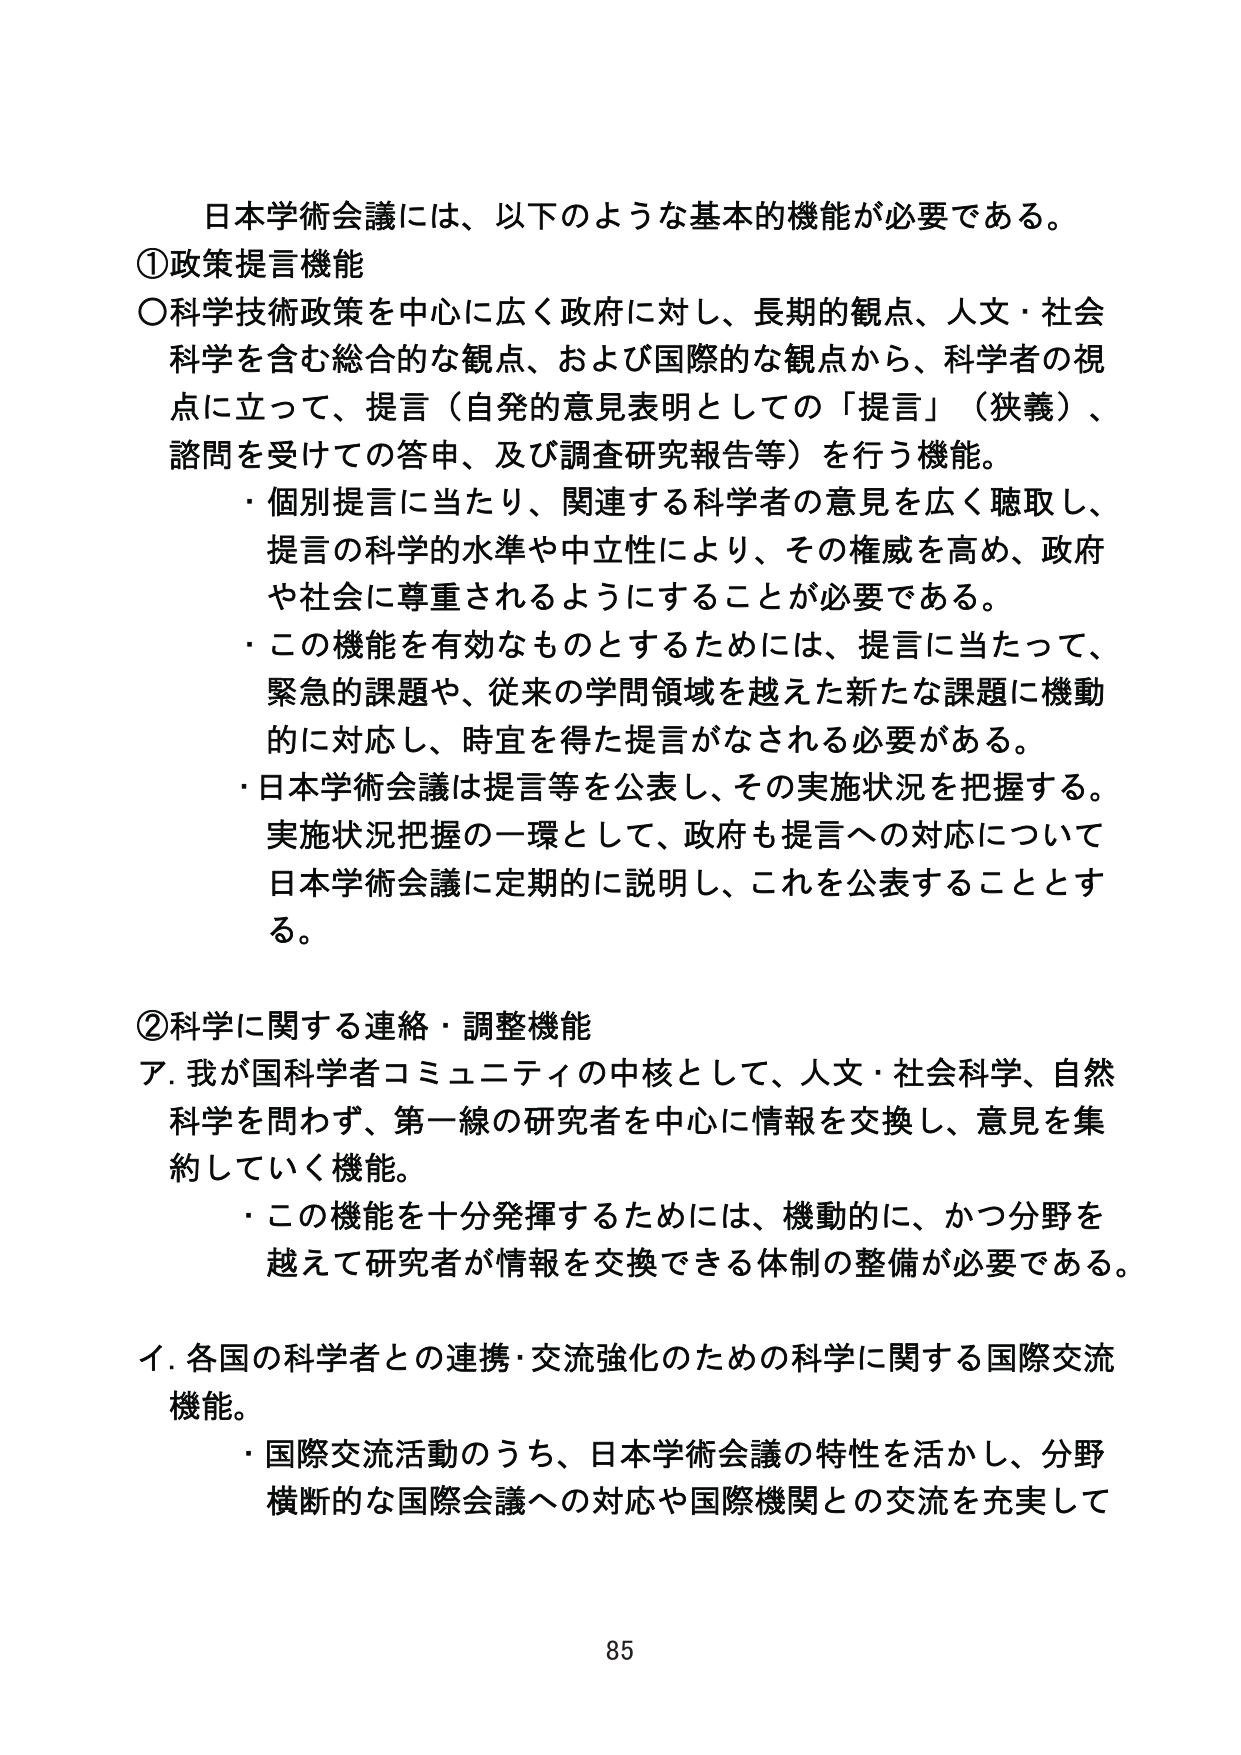
日本学術会議には、以下のような基本的機能が必要である。

①政策提言機能
○科学技術政策を中心に広く政府に対し、長期的観点、人文・社会科学を含む総合的な観点、および国際的な観点から、科学者の視点に立って、提言（自発的意見表明としての「提言」（狭義）、諮問を受けての答申、及び調査研究報告等）を行う機能。
・個別提言に当たり、関連する科学者の意見を広く聴取し、提言の科学的水準や中立性により、その権威を高め、政府や社会に尊重されるようにすることが必要である。
・この機能を有効なものとするためには、提言に当たって、緊急的課題や、従来の学問領域を越えた新たな課題に機動的に対応し、時宜を得た提言がなされる必要がある。
・日本学術会議は提言等を公表し、その実施状況を把握する。実施状況把握の一環として、政府も提言への対応について日本学術会議に定期的に説明し、これを公表することとする。

②科学に関する連絡・調整機能
ア．我が国科学者コミュニティの中核として、人文・社会科学、自然科学を問わず、第一線の研究者を中心に情報を交換し、意見を集約していく機能。
・この機能を十分発揮するためには、機動的に、かつ分野を越えて研究者が情報を交換できる体制の整備が必要である。

イ．各国の科学者との連携・交流強化のための科学に関する国際交流機能。
・国際交流活動のうち、日本学術会議の特性を活かし、分野横断的な国際会議への対応や国際機関との交流を充実して

85